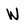
Character: W